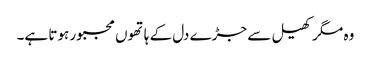
وہ مگر کھیل سے جڑے دل کے ہاتھوں مجبور ہوتا ہے۔